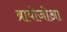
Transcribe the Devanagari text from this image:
ब्रायोजोआ